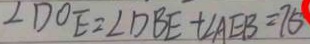
\angle D O E = \angle D B E + \angle A E B = 7 5